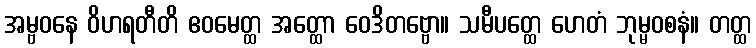
အမ္ဗဝနေ ဝိဟရတီတိ ဧဝမေတ္ထ အတ္ထော ဝေဒိတဗ္ဗော။ သမီပတ္ထေ ဟေတံ ဘုမ္မဝစနံ။ တတ္ထ